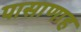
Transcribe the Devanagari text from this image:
पासाणाह